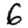
Digit: 6